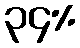
၃၄%